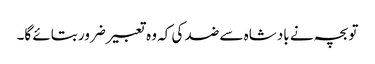
تو بچہ نے بادشاہ سے ضد کی کہ وہ تعبیر ضرور بتائے گا۔